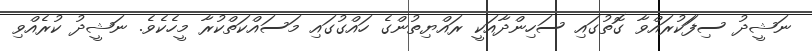
ނަޝީދު ސިފަަކުރައްވާ ގޮތުގައި ސަހިންދާއަކީ ރައްޔިތުންގެ ހައްގުގައި މަސައްކަތްކުރާ މީހެކެވެ. ނަޝީދު ކުރެއްވި